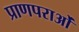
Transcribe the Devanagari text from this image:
प्राणपराओं